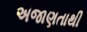
અજાણતાથી